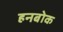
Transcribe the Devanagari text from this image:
हनबोक